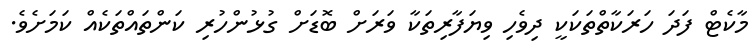
މާކެޓް ފަދަ ހަރަކާތްތަކަކީ ދިވެހި ވިޔަފާރިތަކާ ވަރަށް ބޮޑަށް ގުޅުންހުރި ކަންތައްތަކެއް ކަމަށެވެ.